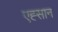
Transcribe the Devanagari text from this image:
एह्सान